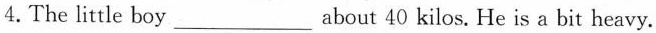
4.The little boy___about 40 kilos. He is a bit heavy.